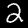
Digit: 2